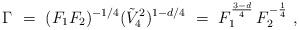
LaTeX: \begin{align*} \Gamma\ =\ (F_1 F_2)^{-1/4}({\tilde V}_4^2)^{1-d/4}\ =\ F_1^{\frac{3 - d}{4}}\,F_2^{-\frac{1}{4}}\ ,\end{align*}